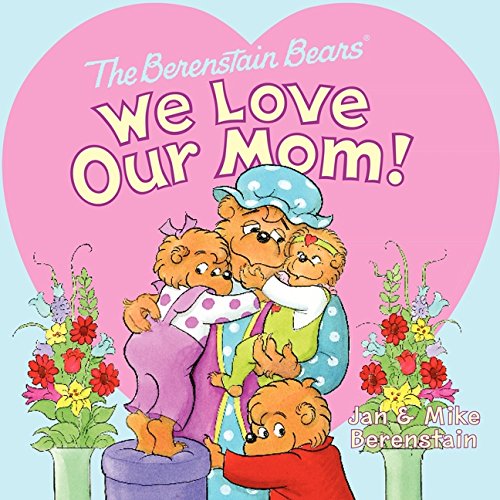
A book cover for The Berenstain Bears: We Love Our Mom!; Jan Berenstain; Children's Books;